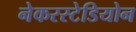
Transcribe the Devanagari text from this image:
नेकरस्टेडियोन